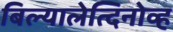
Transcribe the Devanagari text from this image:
बिल्यालेत्दिनोव्ह